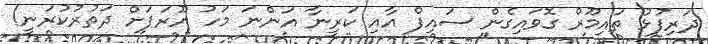
ދަރިފުޅު ތައިމޫރް ގޮވައިގެން ސައިފް އާއި ކަރީނާ އަންނަ މަހު ޔޫރަޕަށް ދަތުރުކުރަނީ!